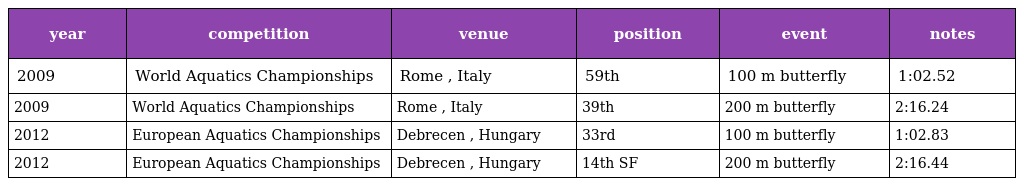
| year | competition | venue | position | event | notes |
 | --- | --- | --- | --- | --- | --- |
 | 2009 | World Aquatics Championships | Rome , Italy | 59th | 100 m butterfly | 1:02.52 |
 | 2009 | World Aquatics Championships | Rome , Italy | 39th | 200 m butterfly | 2:16.24 |
 | 2012 | European Aquatics Championships | Debrecen , Hungary | 33rd | 100 m butterfly | 1:02.83 |
 | 2012 | European Aquatics Championships | Debrecen , Hungary | 14th SF | 200 m butterfly | 2:16.44 |